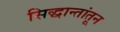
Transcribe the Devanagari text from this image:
सिद्धान्तांतून